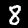
Label: 8